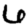
Digit: 6